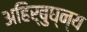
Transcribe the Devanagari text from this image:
अहिर्बुघ्न्य